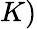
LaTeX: K)